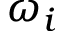
\omega _ { i }